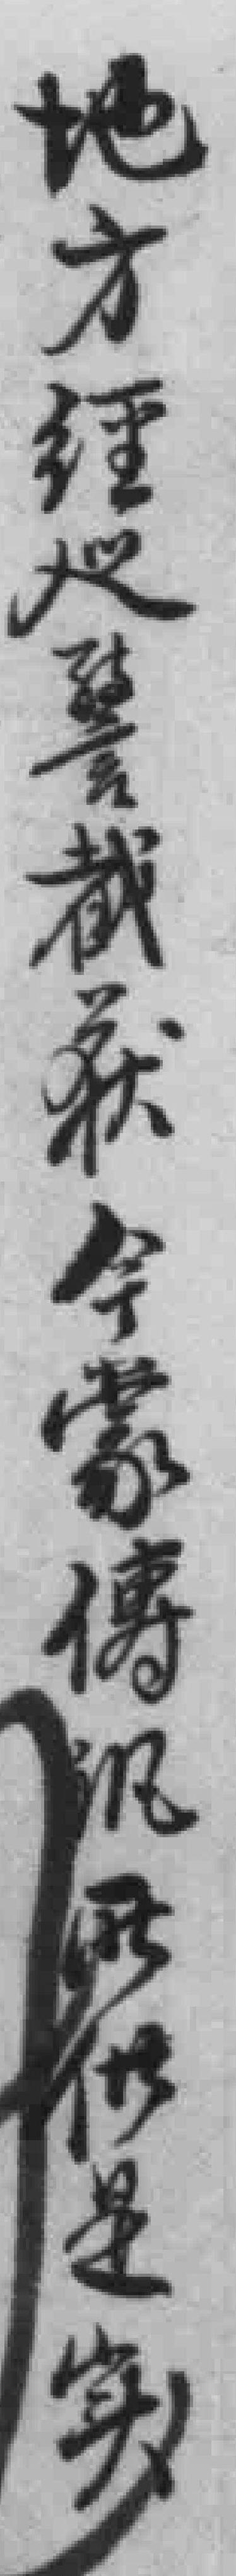
地方經巡警截获今蒙傳讯所供是实